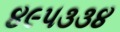
૪૯૫૩૩૪